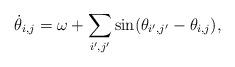
LaTeX: \begin{align*} \dot{\theta}_{i,j} = \omega + \sum_{i',j'} \sin(\theta_{i',j'} - \theta_{i,j}),\end{align*}